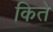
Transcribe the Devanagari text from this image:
किते